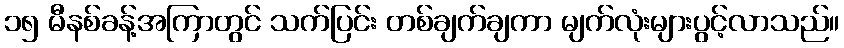
၁၅ မီနစ်ခန့်အကြာတွင် သက်ပြင်း တစ်ချက်ချကာ မျက်လုံးများပွင့်လာသည်။